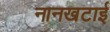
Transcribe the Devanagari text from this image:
नानखटाई